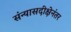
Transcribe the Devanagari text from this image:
संन्यासदीक्षेनंतर